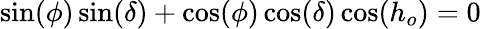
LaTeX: \sin(\phi)\sin(\delta)+\cos(\phi)\cos(\delta)\cos(h_{o})=0